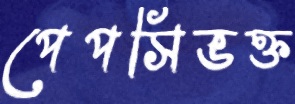
পেপসিভক্ত